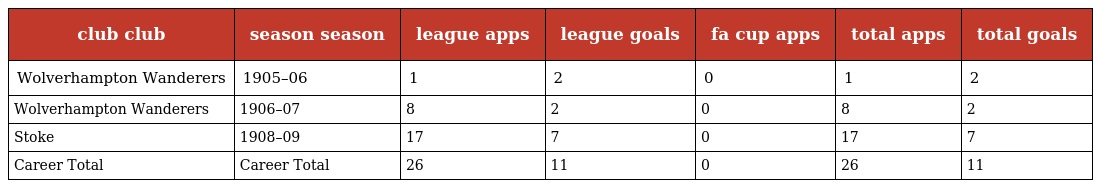
| club club | season season | league apps | league goals | fa cup apps | total apps | total goals |
 | --- | --- | --- | --- | --- | --- | --- |
 | Wolverhampton Wanderers | 1905–06 | 1 | 2 | 0 | 1 | 2 |
 | Wolverhampton Wanderers | 1906–07 | 8 | 2 | 0 | 8 | 2 |
 | Stoke | 1908–09 | 17 | 7 | 0 | 17 | 7 |
 | Career Total | Career Total | 26 | 11 | 0 | 26 | 11 |